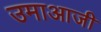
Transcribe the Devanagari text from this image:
उमाआजी